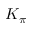
K _ { \pi }